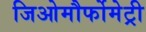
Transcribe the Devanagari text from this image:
जिओमौर्फोमेट्री